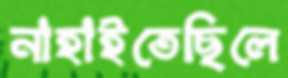
নাহাইতেছিলে